Parnu-Viljandi_kinnistusamet, lk 195
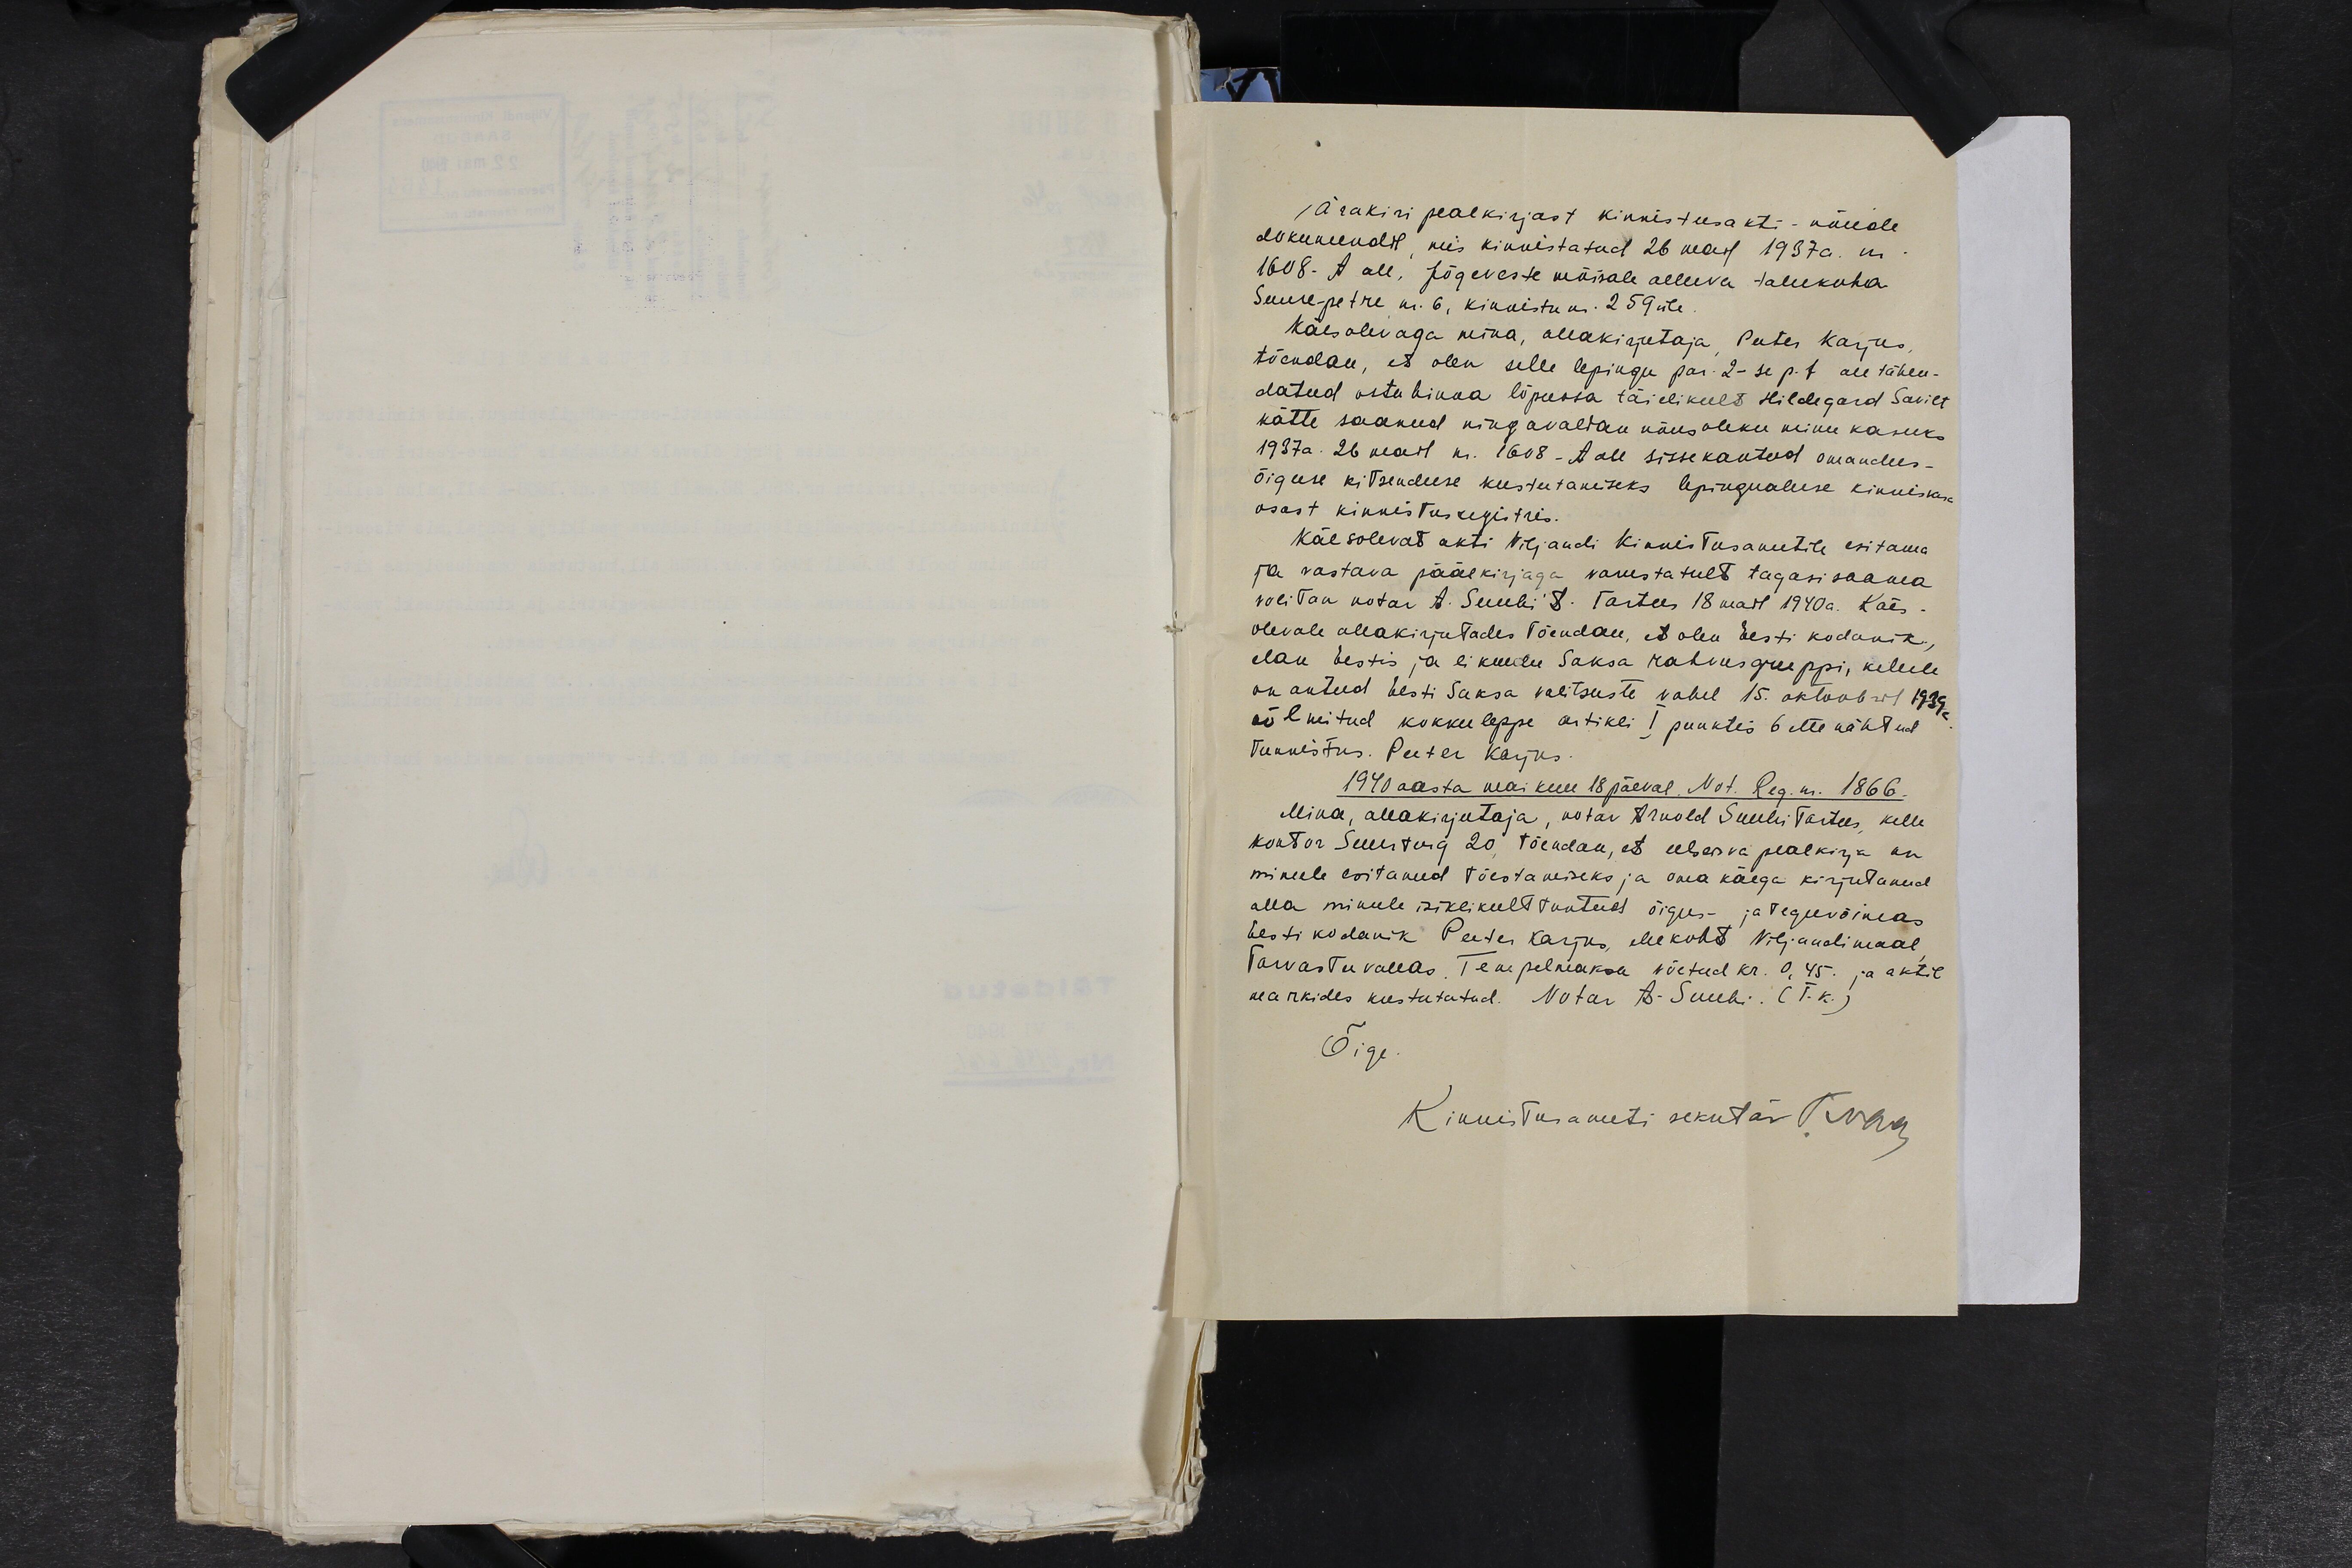
Ärakiri pealkirjast kinnistusakti-nõude
dokumendil, mis kinnistatud 26 mail 1937a. nr.
1608 - A all, Jõgeveste mõisale alluva talukoha
Suure-petre nr. 6, kinnistu nr. 259 üle.
Käesolevaga mina, allakirjutaja, Peeter Karjus,
tõendan, et olen selle lepingu par. 2-se p.t all tähen-
datud ostuhinna lõpuosa täielikult Hildegard Savilt
kätte saanud ning avaldan nõusoleku minu kasuks
1937 a. 26 mail nr. 1608 - A all sissekantud omandus-
õiguse kitsenduse kustutamiseks lepingualuse kinnisvara
osast kinnistusregistris.
Käesolevat akti Viljandi Kinnistusametile esitama
ja vastava päälkirjaga varustatult tagasi saama
volitan notar A. Suubi S. Tartus 18 mail 1940a. Käes-
olevale allakirjutades tõendan, et olen Eesti kodanik,
elan Eestis ja ei kuulu Saksa rahvusgruppi, kellele
on antud Eesti Saksa valitsuste vahel 15. oktoobril 1939a.
sõlmitud kokkuleppe artikli I punktis 6 ette nähtud
tunnistus. Peeter Karjus.
1940 aasta mai kuu 18 päeval. Not. Reg. nr. 1866.
Mina, allakirjutaja, notar Arnold Suubi Tartus, kelle
kontor Suurturg 20, tõendan, et eelseisva pealkirja on
minule esitanud tõestamiseks ja oma käega kirjutanud
alla minule isiklikult tuntud õigus- ja teguvõimas
Eesti kodanik Peeter Karjus, elukoht Viljandimaal,
Tarvastu vallas. Tempelmaksu võetud kr. 0,45. ja aktil
markides kustutatud. Notar A. Suubi. (T.k.)
Õige.
Kinnistusameti sekretär T. Naar